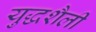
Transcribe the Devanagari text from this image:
युद्धशैली